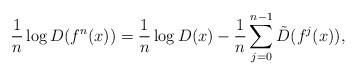
LaTeX: \begin{align*}\frac{1}{n}\log D(f^n(x))=\frac{1}{n}\log D(x)-\frac{1}{n}\sum_{j=0}^{n-1}\tilde D(f^j(x)),\end{align*}